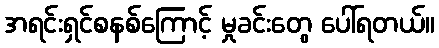
အရင်းရှင်စနစ်ကြောင့် မှုခင်းတွေ ပေါ်ရတယ်။